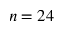
n = 2 4